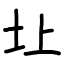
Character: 圵